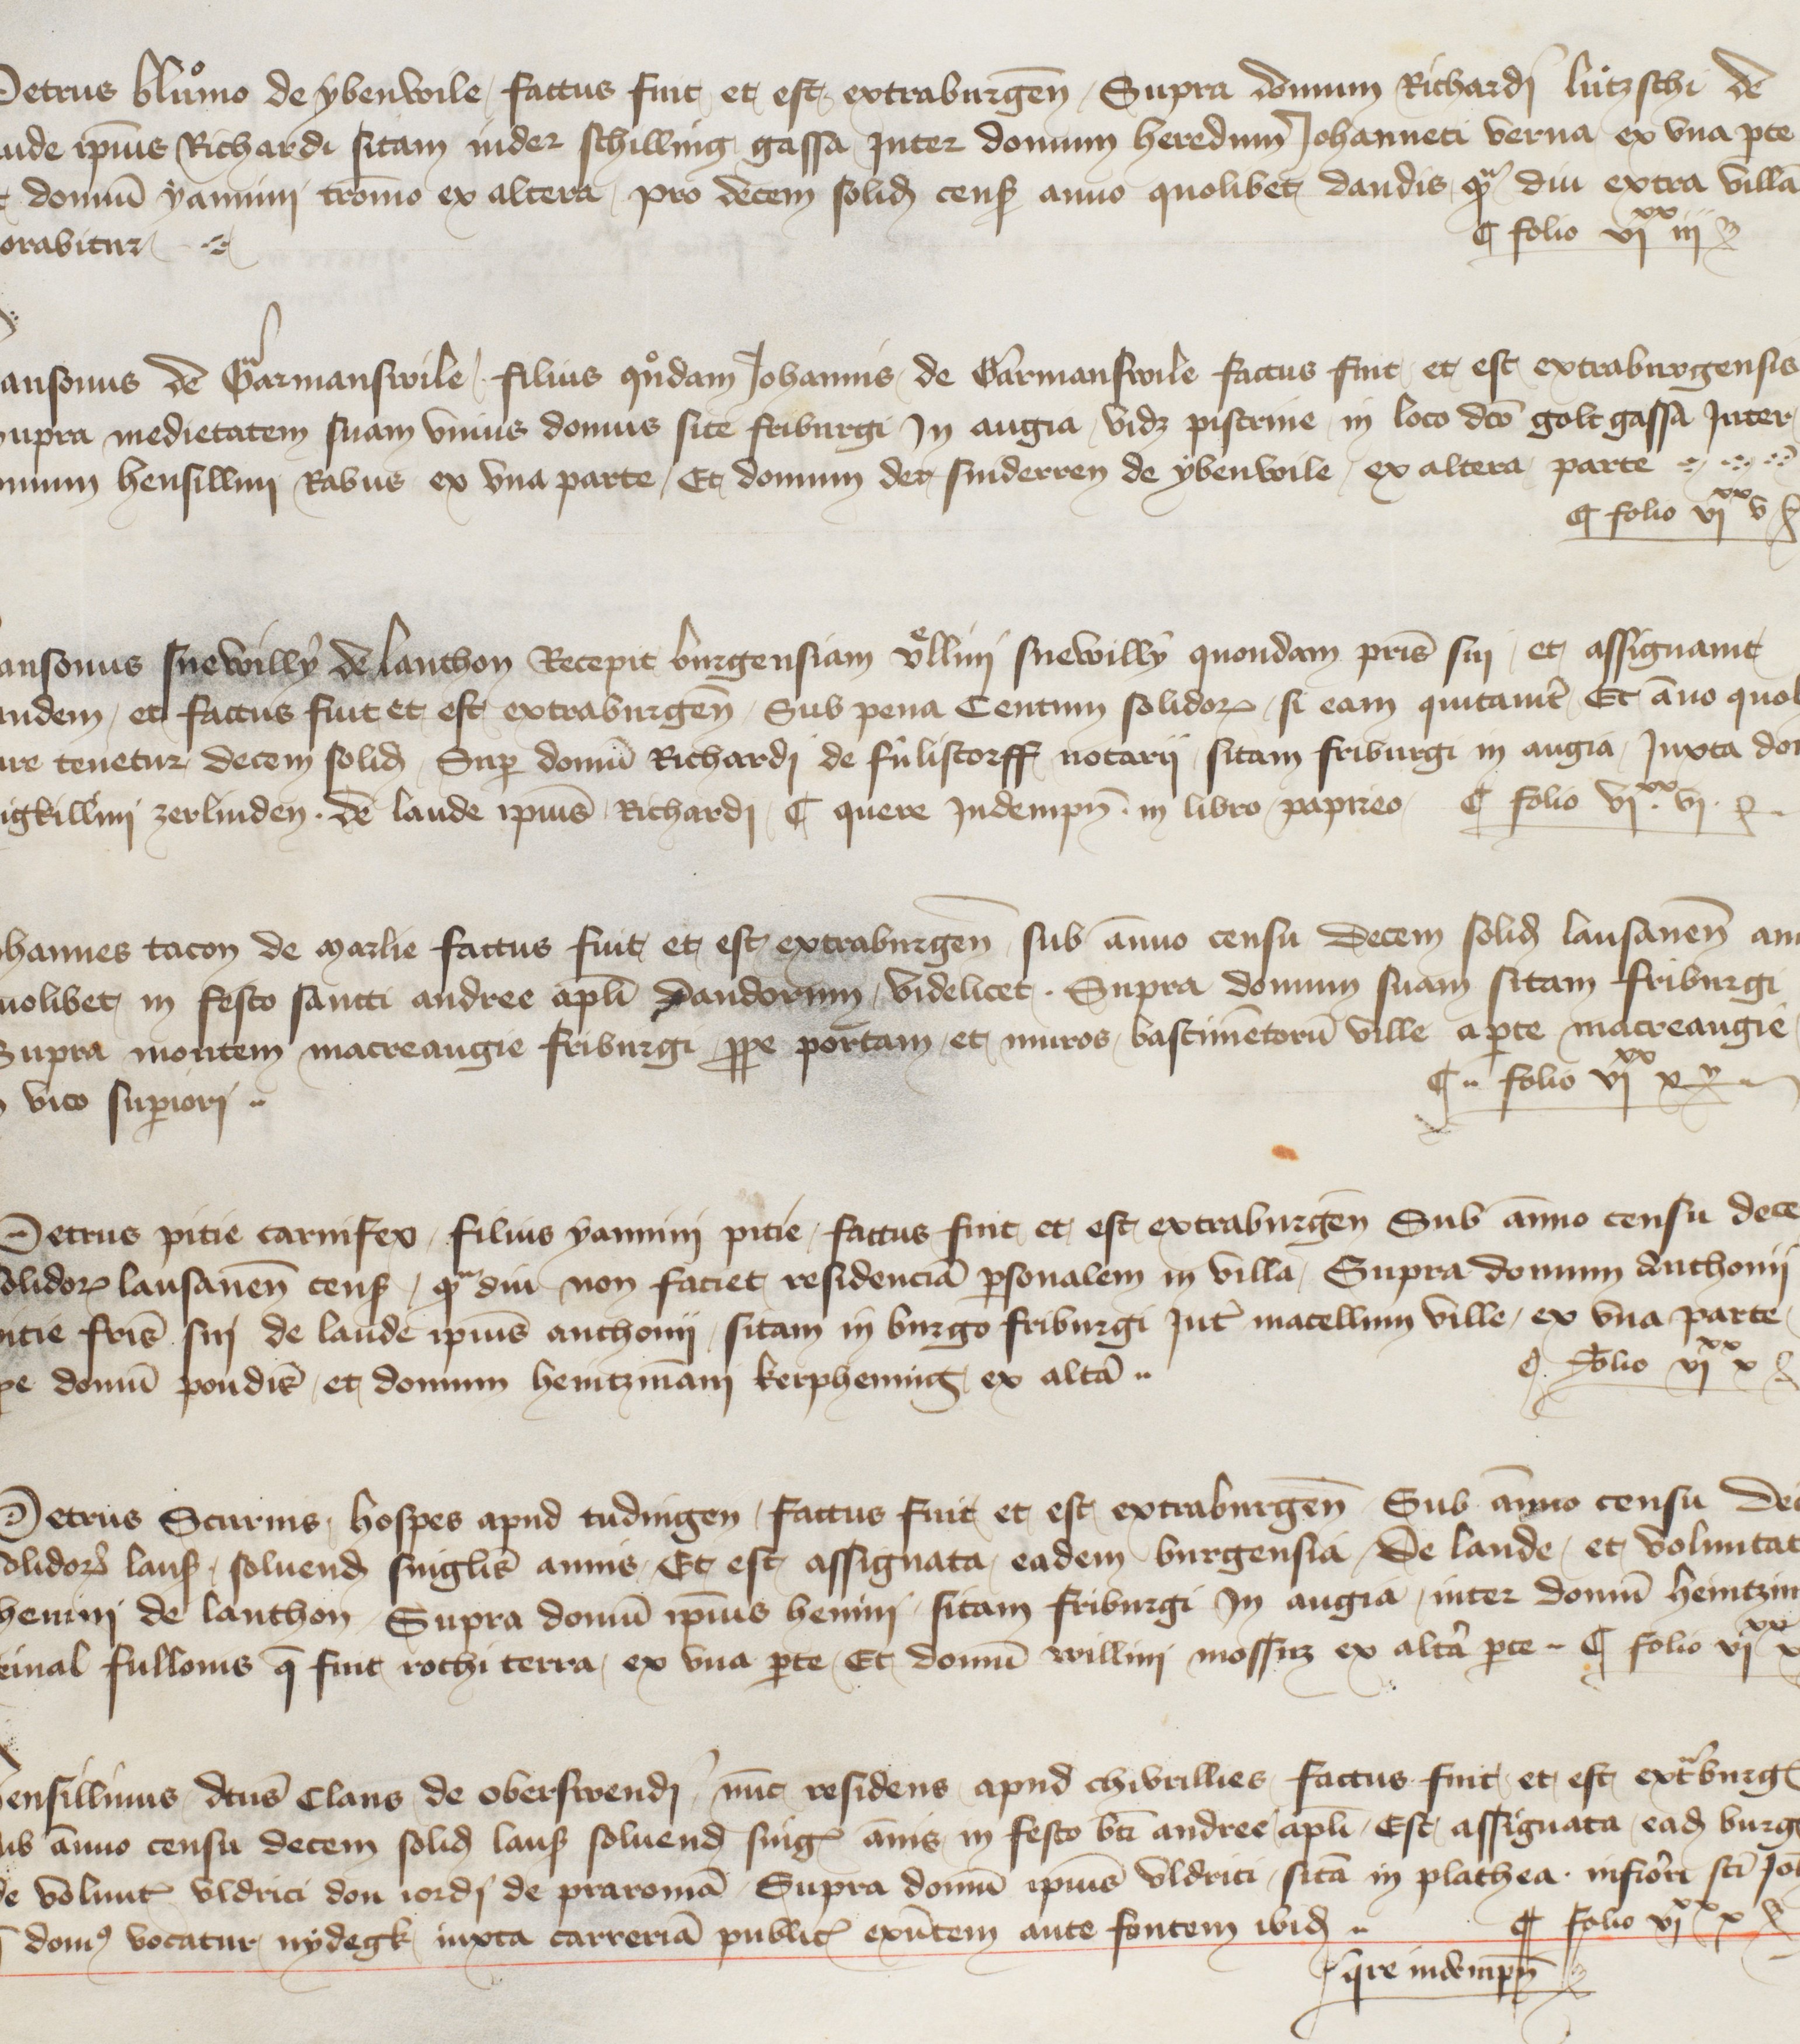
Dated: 1416–1769